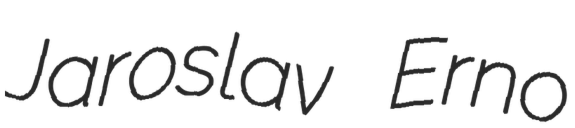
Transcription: Jaroslav Erno